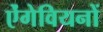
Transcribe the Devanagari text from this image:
ऐंगेवियनों